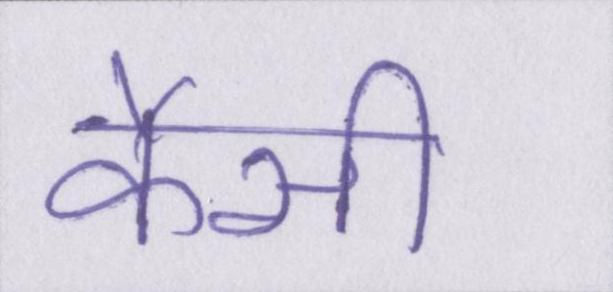
कैसी